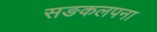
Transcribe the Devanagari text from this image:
सङकलपना